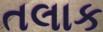
તલાક